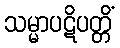
သမ္မာပဋိပတ္တိံ